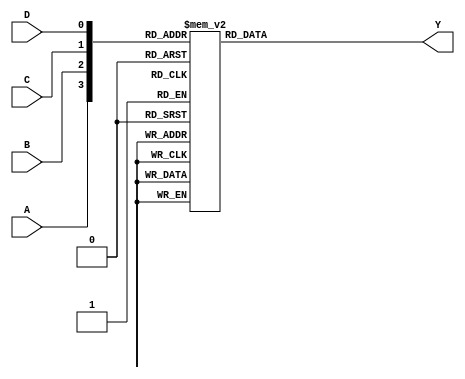
module demultiplexer_4to16 (
    input A, 
    input B, 
    input C, 
    input D, 
    output reg [15:0] Y
);

always @(*) begin
    case({A, B, C, D})
        4'b0000: Y = 16'b0000000000000001;
        4'b0001: Y = 16'b0000000000000010;
        4'b0010: Y = 16'b0000000000000100;
        4'b0011: Y = 16'b0000000000001000;
        4'b0100: Y = 16'b0000000000010000;
        4'b0101: Y = 16'b0000000000100000;
        4'b0110: Y = 16'b0000000001000000;
        4'b0111: Y = 16'b0000000010000000;
        4'b1000: Y = 16'b0000000100000000;
        4'b1001: Y = 16'b0000001000000000;
        4'b1010: Y = 16'b0000010000000000;
        4'b1011: Y = 16'b0000100000000000;
        4'b1100: Y = 16'b0001000000000000;
        4'b1101: Y = 16'b0010000000000000;
        4'b1110: Y = 16'b0100000000000000;
        4'b1111: Y = 16'b1000000000000000;
        default: Y = 16'b0000000000000000;
    endcase
end

endmodule